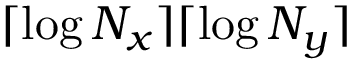
\lceil \log N _ { x } \rceil \lceil \log N _ { y } \rceil